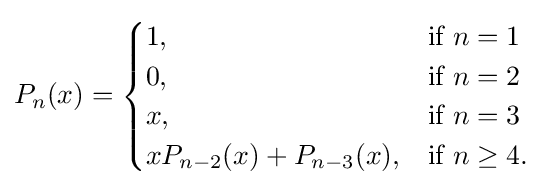
P_{n}(x)={\begin{cases}1,&{\mbox{if }}n=1\\0,&{\mbox{if }}n=2\\x,&{\mbox{if }}n=3\\xP_{n-2}(x)+P_{n-3}(x),&{\mbox{if }}n\geq 4.\end{cases}}